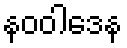
နဝဝါဒေန